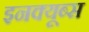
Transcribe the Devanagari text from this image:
इनक्यूब्स